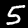
Label: 5